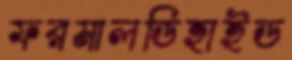
ফরমালডিহাইড